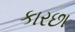
કારછા